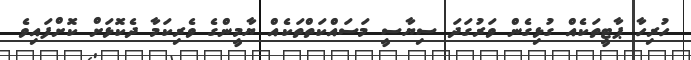
ހުރިހާ ޕާޓީތަކެއް ގުޅިގެން ވަރުގަދަ ސިޔާސީ މަސައްކަތްތަކެއް ޔާމީންގެ ވެރިކަމާ ދެކޮޅަށް ކޮށްފައިވެ